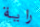
راية